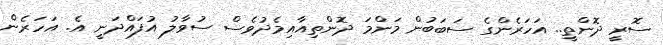
ސޮރީ ދޮންތީ.. އަހަރެންގެ ސަބަބުން މަންމަ ދޮންތިއާއިމެދުވެސް ސުވާލު އުފައްދަނީ އެ. އަހަރެން